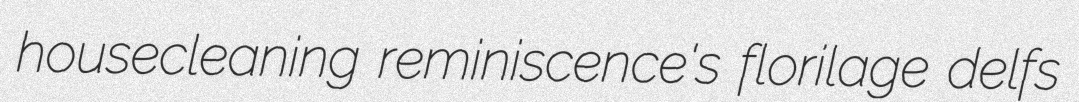
housecleaning reminiscence's florilage delfs